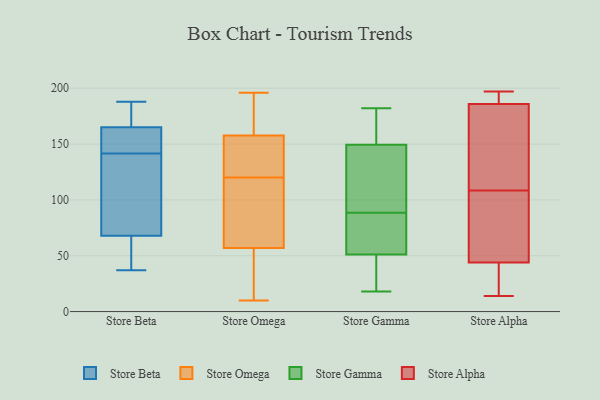
{"axis": {"x": "Latency (ms)", "y": "Value"}, "legend": ["Store Alpha", "Store Beta", "Store Gamma", "Store Omega"], "data": [{"x": "", "y": 165, "type": "Store Beta"}, {"x": "", "y": 37, "type": "Store Beta"}, {"x": "", "y": 147, "type": "Store Beta"}, {"x": "", "y": 68, "type": "Store Beta"}, {"x": "", "y": 181, "type": "Store Beta"}, {"x": "", "y": 136, "type": "Store Beta"}, {"x": "", "y": 61, "type": "Store Beta"}, {"x": "", "y": 157, "type": "Store Beta"}, {"x": "", "y": 115, "type": "Store Beta"}, {"x": "", "y": 188, "type": "Store Beta"}, {"x": "", "y": 60, "type": "Store Omega"}, {"x": "", "y": 158, "type": "Store Omega"}, {"x": "", "y": 15, "type": "Store Omega"}, {"x": "", "y": 53, "type": "Store Omega"}, {"x": "", "y": 161, "type": "Store Omega"}, {"x": "", "y": 112, "type": "Store Omega"}, {"x": "", "y": 122, "type": "Store Omega"}, {"x": "", "y": 63, "type": "Store Omega"}, {"x": "", "y": 53, "type": "Store Omega"}, {"x": "", "y": 182, "type": "Store Omega"}, {"x": "", "y": 189, "type": "Store Omega"}, {"x": "", "y": 56, "type": "Store Omega"}, {"x": "", "y": 112, "type": "Store Omega"}, {"x": "", "y": 157, "type": "Store Omega"}, {"x": "", "y": 135, "type": "Store Omega"}, {"x": "", "y": 152, "type": "Store Omega"}, {"x": "", "y": 10, "type": "Store Omega"}, {"x": "", "y": 196, "type": "Store Omega"}, {"x": "", "y": 120, "type": "Store Omega"}, {"x": "", "y": 123, "type": "Store Gamma"}, {"x": "", "y": 167, "type": "Store Gamma"}, {"x": "", "y": 132, "type": "Store Gamma"}, {"x": "", "y": 44, "type": "Store Gamma"}, {"x": "", "y": 61, "type": "Store Gamma"}, {"x": "", "y": 78, "type": "Store Gamma"}, {"x": "", "y": 36, "type": "Store Gamma"}, {"x": "", "y": 178, "type": "Store Gamma"}, {"x": "", "y": 18, "type": "Store Gamma"}, {"x": "", "y": 99, "type": "Store Gamma"}, {"x": "", "y": 58, "type": "Store Gamma"}, {"x": "", "y": 182, "type": "Store Gamma"}, {"x": "", "y": 186, "type": "Store Alpha"}, {"x": "", "y": 41, "type": "Store Alpha"}, {"x": "", "y": 98, "type": "Store Alpha"}, {"x": "", "y": 196, "type": "Store Alpha"}, {"x": "", "y": 191, "type": "Store Alpha"}, {"x": "", "y": 137, "type": "Store Alpha"}, {"x": "", "y": 138, "type": "Store Alpha"}, {"x": "", "y": 40, "type": "Store Alpha"}, {"x": "", "y": 197, "type": "Store Alpha"}, {"x": "", "y": 14, "type": "Store Alpha"}, {"x": "", "y": 44, "type": "Store Alpha"}, {"x": "", "y": 70, "type": "Store Alpha"}, {"x": "", "y": 119, "type": "Store Alpha"}, {"x": "", "y": 52, "type": "Store Alpha"}]}